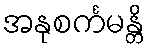
အနုစင်္ကမန္တိ